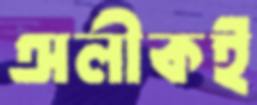
অলীকই